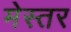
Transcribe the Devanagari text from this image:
मेस्तर